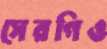
সেরগিও